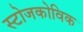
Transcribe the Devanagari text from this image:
स्टोजकोविक